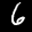
Label: 6